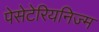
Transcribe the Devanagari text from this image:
पेसेटेरियनिज्म